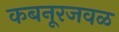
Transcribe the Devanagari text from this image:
कबनूरजवळ